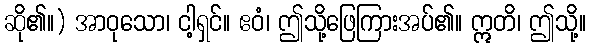
ဆို၏။) အာဝုသော၊ ငါ့ရှင်။ ဧဝံ၊ ဤသို့ဖြေကြားအပ်၏။ ဣတိ၊ ဤသို့။